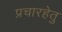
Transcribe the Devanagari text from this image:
प्रचारहेतु